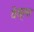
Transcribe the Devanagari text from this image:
वेस्लर